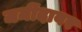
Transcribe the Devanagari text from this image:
जमींदावर